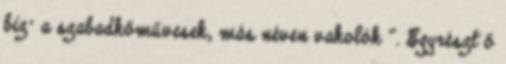
biz’ a szabadkőművesek, más néven vakolók ”. Egyrészt ő